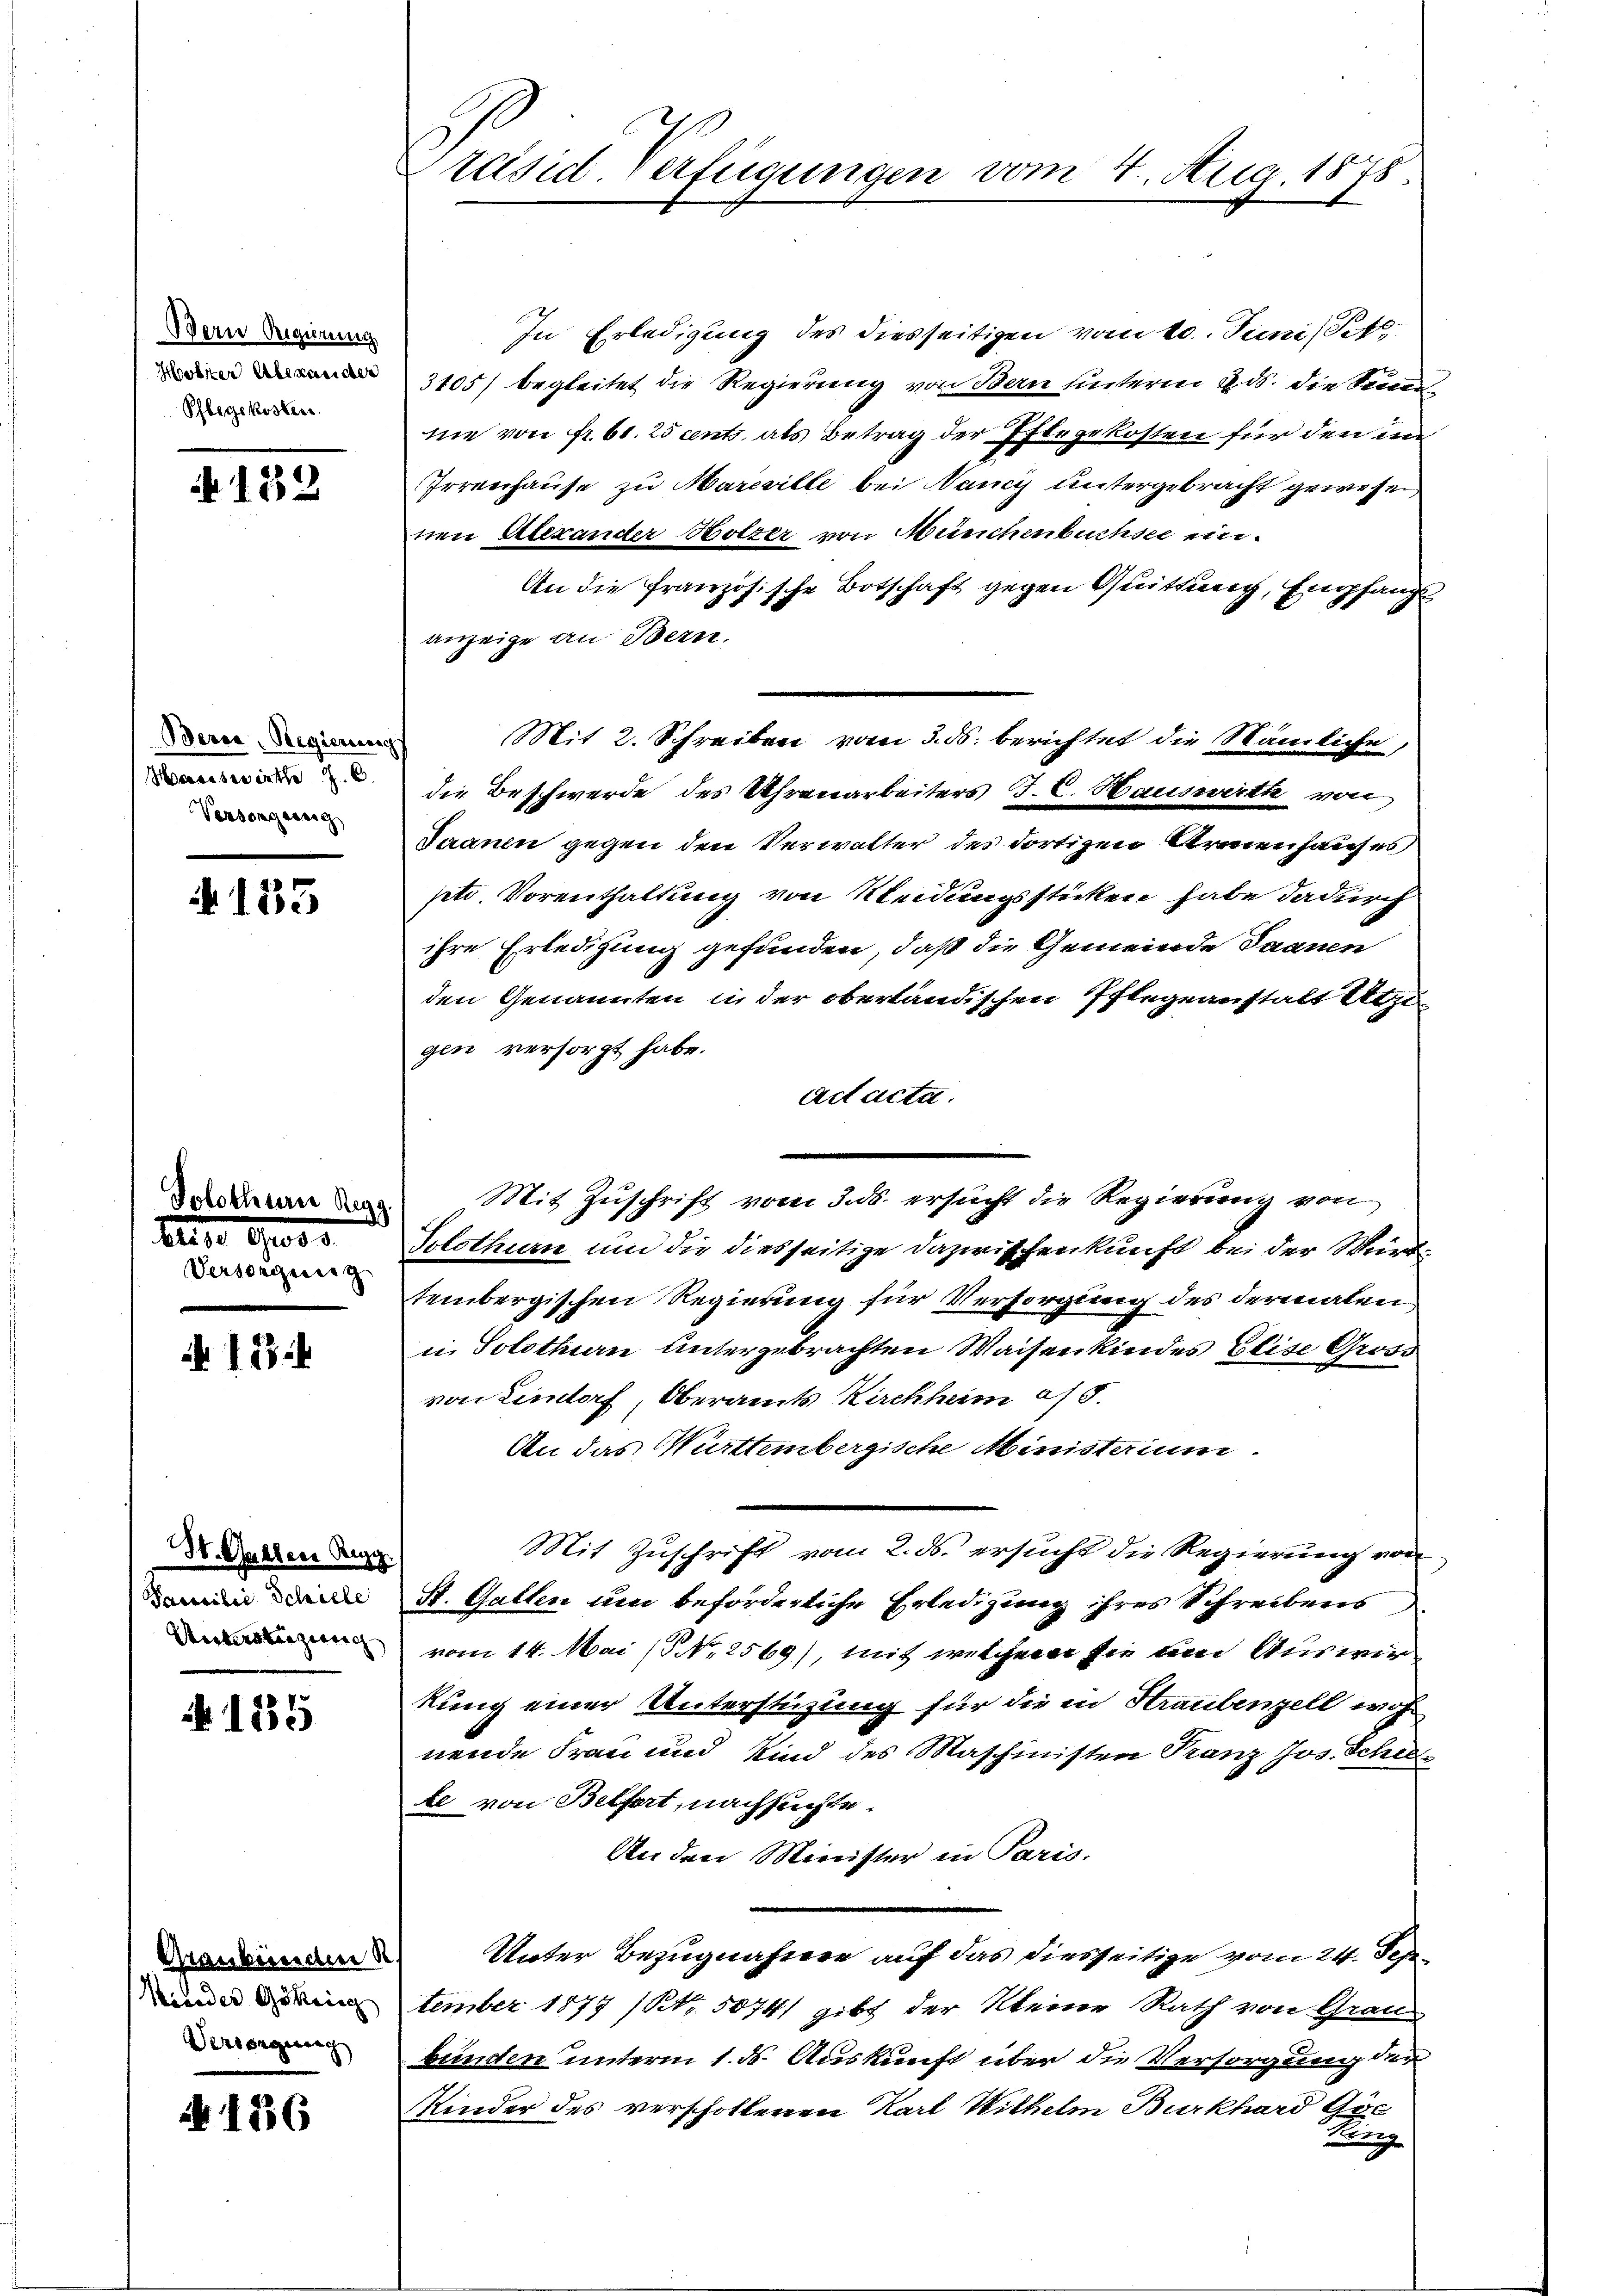
Bern Vergütung
Pflegekosten.

A 132

Bern, Regierungs
Versorgung

153

n
Versorgung

123.

H. Gallen Regg.
Samilie Schille

135

No 136

Regg.

Graubünden K.
Versorgung

In Erledigung des diesseitigen vom 10. Juni, Pet
3105) begleitet die Regierung von Bern hinterm 9. ds. die Seme
nie von Fr. 61. 25 ents als Betrag der Pflegekosten für den in
Irrenhause zu Mareille bei Nancy untergebracht gewesen
ten Alexander Holzer von Münchenbuchsee ein¬
An die französische Botschaft gegen Quittung, Empfangs
anzeige an Bern.
Mit 2. Schreiben vom 3. ds. berichtet die Nämliche,
 die Beschwerde des Uhrenarbeiters J. C. Hauswith von
Jaanen gegen den Verwalter des dortigen Armenhauses
pti. Vorenthaltung von Kleidungssticken habe dadurch
ihre Erledigung gefunden, daß die Gemeinde Saanen
den Genannten in der oberländischen Pflegeanstalt Utzi
gen versorgt habe.
Act acta.
Mit Zuschrift vom 3. ds. ersucht die Regierung von
Solothurn um die diesseitige Dazwischenkunft bei der Württembergischen Regierung für Versorgung des dermalen
in Solothurn untergebrachten Waisenkindes Beise Gross
von Lindorf, Oberamts Kirchheim a/S.
An das Württembergische Ministerium
Mit Zuschrift vom 2. ds. ersucht die Regierung von
St. Gallen um beförderliche Erledigung ihres Schreibens
 vom 14. Mai (NNo. 2569), mit welchem sie um Auswirkung einer Unterstüzung für die in Straubenzell woh
nende Frau und Kind des Maschinisten Franz Jos. Schiete von Belfort, nachsuchte.
An den Minister in Paris.
Unter Bezugnahmen auf das diesseitige vom 24. Sep¬
und die tember 1877 (Nr. 50741 gibt der Kleine Rath von Grau
bunden unterm 1. ds. Auskunft über die Versorgung der
Kinder des verschollenen Karl Wilhelm Burkhard Göc
R

Präsid. Verfügungen vom 4. Aug. 1878